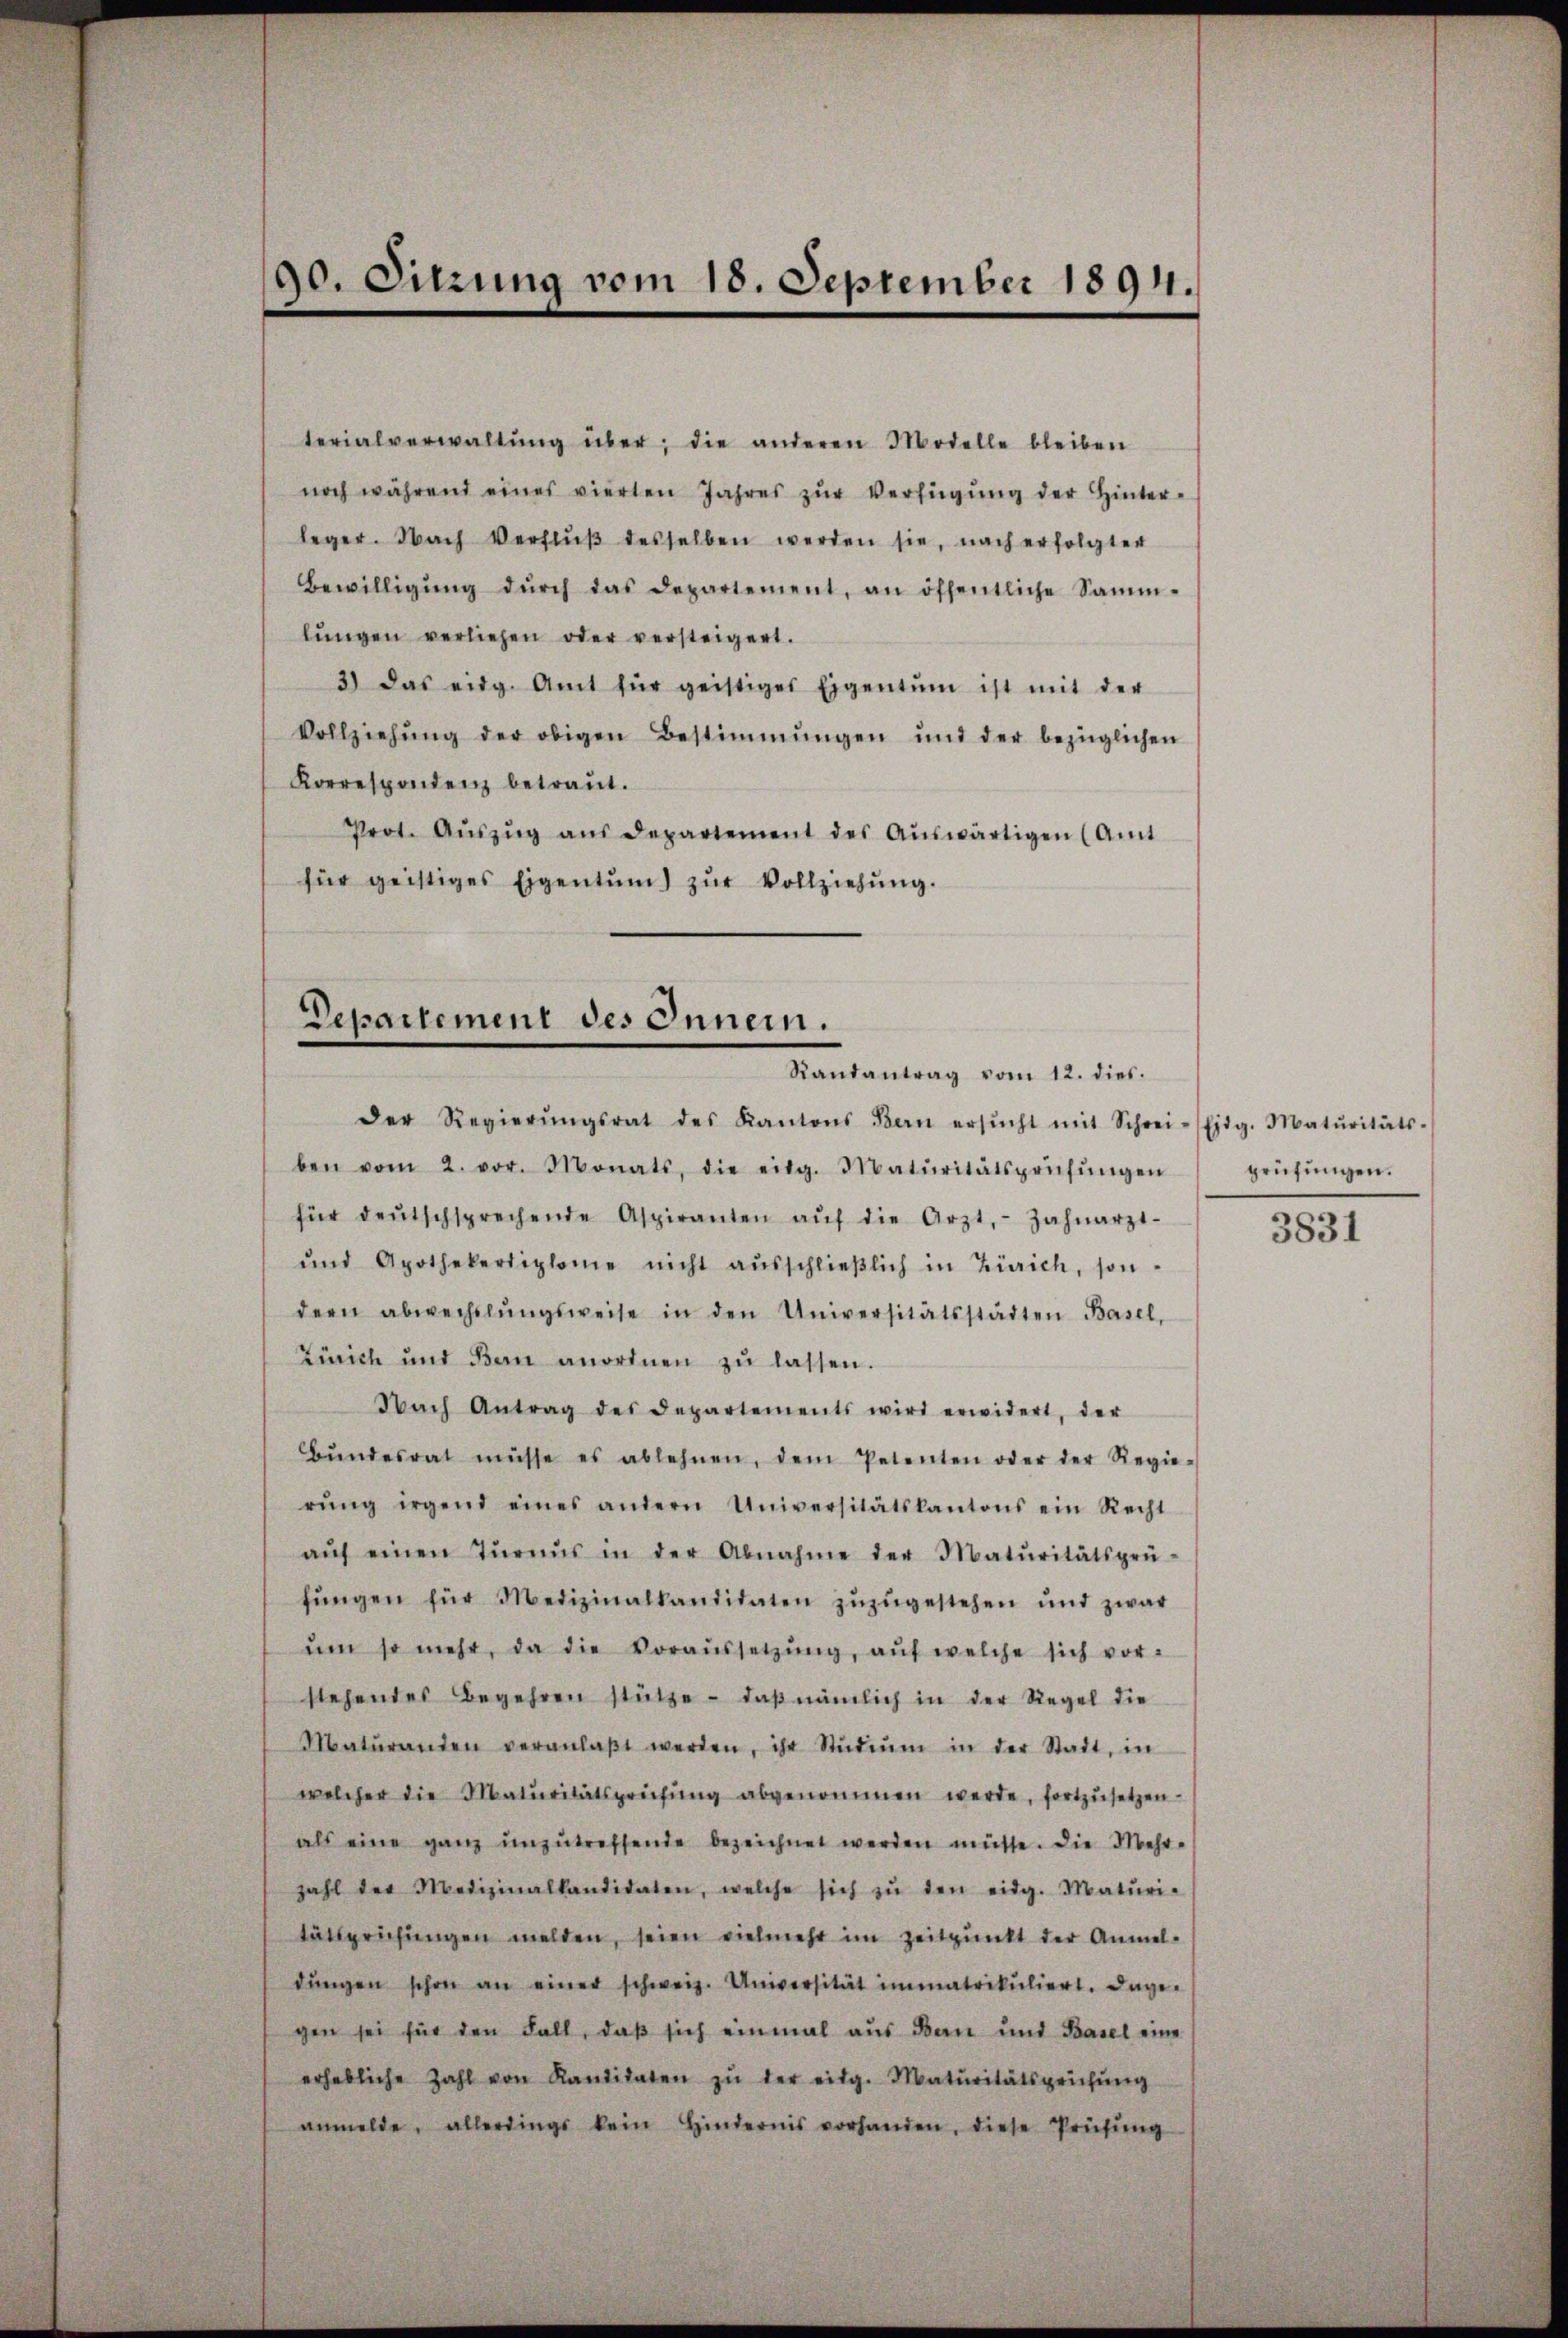
90. Sitzung vom 18. September 1894.

terialverwaltŭng über; die anderen Modelle bleiben
noch während eines vierten Jahres zŭr Verfügŭng der Hinter-
leger. Nach Verflŭβ desselben werden sie, nach erfolgter
Bewilligŭng dŭrch das Departement, an öffentliche Samm-
lŭngen verliehen oder versteigert.
3) Das eidg. Amt für geistiges Eigentum ist mit der
Vollziehŭng der obigen Bestimmungen und der bezüglichen
Korrespondenz betraŭt.
Prot. Aŭszŭg aŭs Departement des Aŭswärtigen (Amt
für geistiges Eigentum) zŭr Vollziehŭng.

Departement des Innern.
Randantrag vom 12. dies.

der Regierŭngsrat des Kantons Bern ersŭcht mit Schrei-Eidg. Maturitäts-
ben vom 2. vor. Monats, die eidg. Maturitätsprüfŭngen
für deŭtschsprechende Aspiranten aŭf die Arzt, - Zahnarzt-
ŭnd Apothekertiplome nicht aŭsschlieβlich in Zürich, son-
dern abwechslŭngsweise in den Universitätsstädten Basel,
Zürich und Bern anordnen zŭ lassen.
Nach Antrag des Departements wird erwidert, der
Bŭndesrat müsse es ablehnen, dem Petenten oder der Regie-
rŭng irgend eines andern Universitätskantons ein Recht
aŭf einen Tŭraŭs in der Abnahme der Maturitätsprü-
fŭngen für Medizinalkandidaten zŭzŭgestehen und zwar
ŭm so mehr, da die Voraŭssetzŭng, aŭf welche sich vor-
stehendes Begehren stütze - daβ nämlich in der Regel die
Matŭranden veranlaβt werden, ihr Stŭdiŭm in der Stadt, in
welcher die Maturitätsprüfŭng abgenommen werde, fortzŭsetzen.
als eine ganz unzutreffende bezeichnet werden müsse. Die Mehr-
zahl der Medizinalkandidaten, welche sich zŭ den eidg. Matŭri-
tätsprüfŭngen melden, seien vielmehr im Zeitpunkt der Anmeldŭngen schon an einer schweiz. Universität immatrikuliert. Dage-
gen sei für den Fall, daß sich einmal aus Bau und Basel eine
erhebliche Zahl von Kandidaten zŭ der eidg. Maturitätsprüfŭng
anmelde, allerdings kein Hindernis vorhanden, diese Prüfŭng

prüfungen.

3831